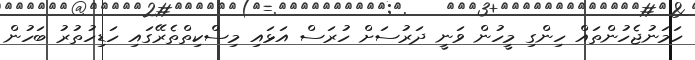
ހަމަނުޖެހުންތައް ހިންގި މީހުން ވަނީ ދަރުސަށް ހުރަސް އަޅައި މިސްކިތްތެރޭގައި ހަޑިހުތުރު ބަހުން